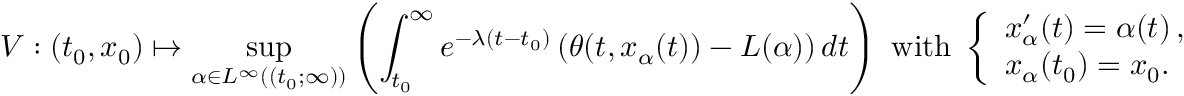
V : ( t _ { 0 } , x _ { 0 } ) \mapsto \operatorname* { s u p } _ { \alpha \in L ^ { \infty } ( ( t _ { 0 } ; \infty ) ) } \left( \int _ { t _ { 0 } } ^ { \infty } e ^ { - \lambda ( t - t _ { 0 } ) } \left( \theta ( t , x _ { \alpha } ( t ) ) - L ( \alpha ) \right) d t \right) \mathrm { ~ w i t h ~ } \left\{ \begin{array} { l l } { x _ { \alpha } ^ { \prime } ( t ) = \alpha ( t ) \, , } \\ { x _ { \alpha } ( t _ { 0 } ) = x _ { 0 } . } \end{array} \right.